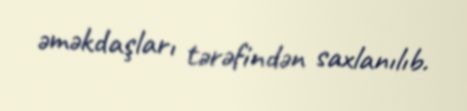
əməkdaşları tərəfindən saxlanılıb.